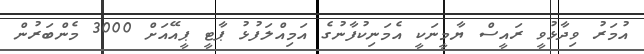
އުމަރު ވިދާޅުވީ ރައީސް ޔާމީނަކީ އެމަނިކުފާނުގެ އަމިއްލަފުޅު ޕާޓީ ޕީއޭއަށް 3000 މެންބަރުން